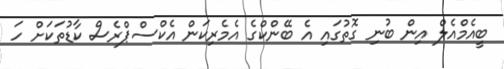
ބީއެމްއެލް އިން ބުނި ގޮތުގައި އެ ބޭންކްގެ އެމެރިކަން އެކްސްޕްރެސް ކާޑުތަކަށް ހަ